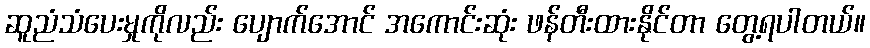
ဆူညံသံပေးမှုကိုလည်း ပျောက်အောင် အကောင်းဆုံး ဖန်တီးထားနိုင်တာ တွေ့ရပါတယ်။